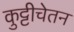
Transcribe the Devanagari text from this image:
कुट्टीचेतन